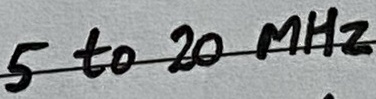
Text: 5 to 20 MHz